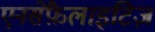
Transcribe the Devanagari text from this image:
एनसेफ़ैलाइटिज़